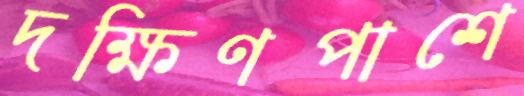
দক্ষিণপাশে